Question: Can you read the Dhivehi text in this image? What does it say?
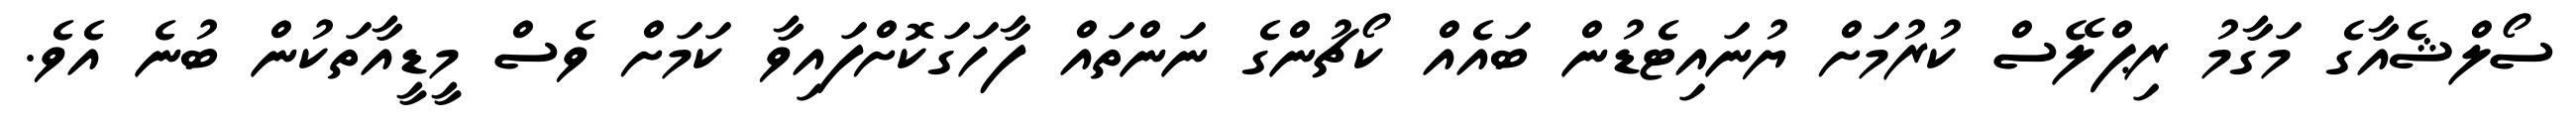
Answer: ސޯލްޝެއާގެ މަގާމު ރިޕްލޭސް ކުރުމަށް ޔުނައިޓެޑުން ބައެއް ކޯޗުންގެ ނަންތައް ފާހަގަކޮށްފައިވާ ކަމަށް ވެސް މީޑީއާތަކުން ބުނެ އެވެ.